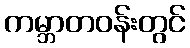
ကမ္ဘာတဝန်းတွင်